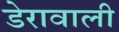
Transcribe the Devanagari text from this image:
डेरावाली